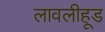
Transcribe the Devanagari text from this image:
लावलीहूड